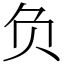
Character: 负